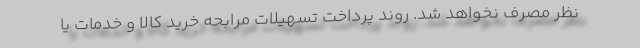
نظر مصرف نخواهد شد. روند پرداخت تسهیلات مرابحه خرید کالا و خدمات یا